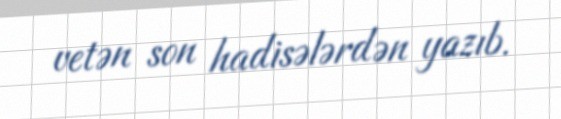
vetən son hadisələrdən yazıb.